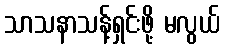
သာသနာသန့်ရှင်းဖို့ မလွယ်